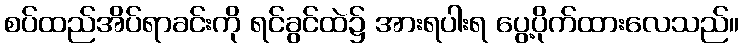
စပ်ထည်အိပ်ရာခင်းကို ရင်ခွင်ထဲ၌ အားရပါးရ ပွေ့ပိုက်ထားလေသည်။